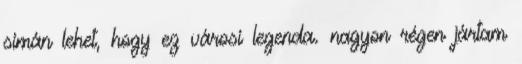
simán lehet, hogy ez városi legenda. nagyon régen jártam